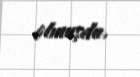
olmuşdu.